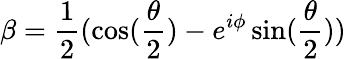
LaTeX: \beta=\frac{1}{2}(\cos(\frac{\theta}{2})-e^{i\phi}\sin(\frac{\theta}{2}))